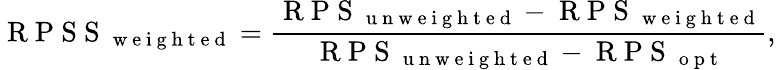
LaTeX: \mathrm{~R~P~S~S~}_{\mathrm{~w~e~i~g~h~t~e~d~}}=\frac{\mathrm{~R~P~S~}_{\mathrm{~u~n~w~e~i~g~h~t~e~d~}}-\mathrm{~R~P~S~}_{\mathrm{~w~e~i~g~h~t~e~d~}}}{\mathrm{~R~P~S~}_{\mathrm{~u~n~w~e~i~g~h~t~e~d~}}-\mathrm{~R~P~S~}_{\mathrm{~o~p~t~}}},